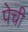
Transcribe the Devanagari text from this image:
पेची